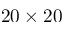
2 0 \times 2 0